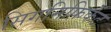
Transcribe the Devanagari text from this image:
सिगनिफ़िकेंट